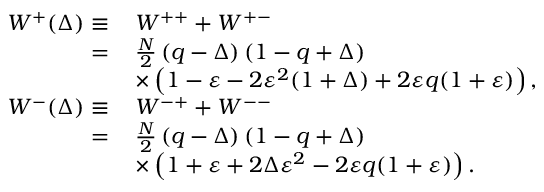
\begin{array} { r l } { W ^ { + } ( \Delta ) \equiv } & { \, W ^ { + + } + W ^ { + - } } \\ { = } & { \, \frac { N } { 2 } \left( q - \Delta \right) \left( 1 - q + \Delta \right) } \\ & { \, \times \left( 1 - \varepsilon - 2 \varepsilon ^ { 2 } ( 1 + \Delta ) + 2 \varepsilon q ( 1 + \varepsilon ) \right) , } \\ { W ^ { - } ( \Delta ) \equiv } & { \, W ^ { - + } + W ^ { -- } } \\ { = } & { \, \frac { N } { 2 } \left( q - \Delta \right) \left( 1 - q + \Delta \right) } \\ & { \, \times \left( 1 + \varepsilon + 2 \Delta \varepsilon ^ { 2 } - 2 \varepsilon q ( 1 + \varepsilon ) \right) . } \end{array}